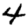
Digit: 4